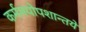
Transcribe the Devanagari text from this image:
कर्ममयोपशान्तये